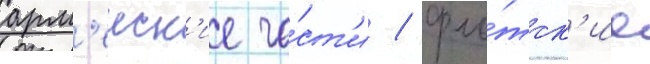
арм'еиск'ие ча́ст'и / фло́тск'ие